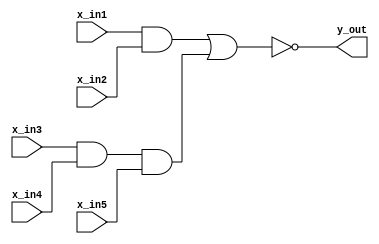
module AOI_str_1995(y_out,x_in1,x_in2,x_in3,x_in4,x_in5);
output y_out;
input x_in1,x_in2,x_in3,x_in4,x_in5;
wire y1,y2;
nor (y_out,y1,y2);
and (y1,x_in1,x_in2);
and (y2,x_in3,x_in4,x_in5);
endmodule

/*anotther method to write
module AOI_str_1995(output y_out,input x_in1,x_in2,x_in3,x_in4,x_in5);
wire y1,y2;
nor (y_out,y1,y2);
and (y1,x_in1,x_in2);
and (y2,x_in3,x_in4,x_in5);
endmodule
*/